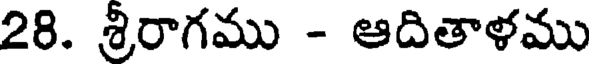
28. శ్రీరాగము - ఆదితాళము